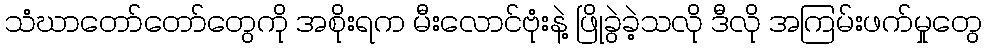
သံဃာတော်တော်တွေကို အစိုးရက မီးလောင်ဗုံးနဲ့ ဖြိုခွဲခဲ့သလို ဒီလို အကြမ်းဖက်မှုတွေ